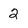
Character: 2